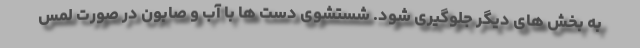
به بخش های دیگر جلوگیری شود. شستشوی دست ها با آب و صابون در صورت لمس